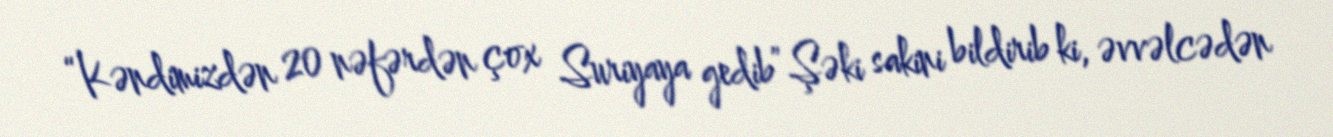
“Kəndimizdən 20 nəfərdən çox Suriyaya gedib”Şəki sakini bildirib ki, əvvəlcədən